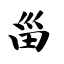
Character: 甾